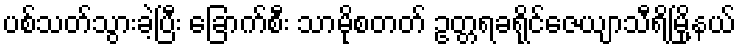
ပစ်သတ်သွားခဲ့ပြီး ခြောက်စီး သာမိုစတတ် ဥတ္တရခရိုင်ဇေယျာသီရိမြို့နယ်